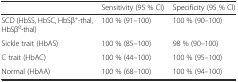
<table><thead><tr><td></td><td><b>Sensitivity (95 % CI)</b></td><td><b>Specificity (95 % Cl)</b></td></tr></thead><tbody><tr><td>SCD (HbSS, HbSC, HbSβ<sup>+</sup>-thal, HbSβ<sup>0</sup>-thal)</td><td>100 % (91–100)</td><td>100 % (90–100)</td></tr><tr><td>Sickle trait (HbAS)</td><td>100 % (85–100)</td><td>98 % (90–100)</td></tr><tr><td>C trait (HbAC)</td><td>100 % (44–100)</td><td>100 % (95–100)</td></tr><tr><td>Normal (HbAA)</td><td>100 % (68–100)</td><td>100 % (94–100)</td></tr></tbody></table>